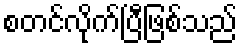
စတင်လိုက်ပြီဖြစ်သည်